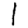
Digit: 1